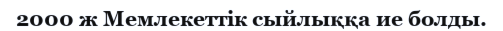
2000 ж Мемлекеттiк сыйлыққа ие болды.